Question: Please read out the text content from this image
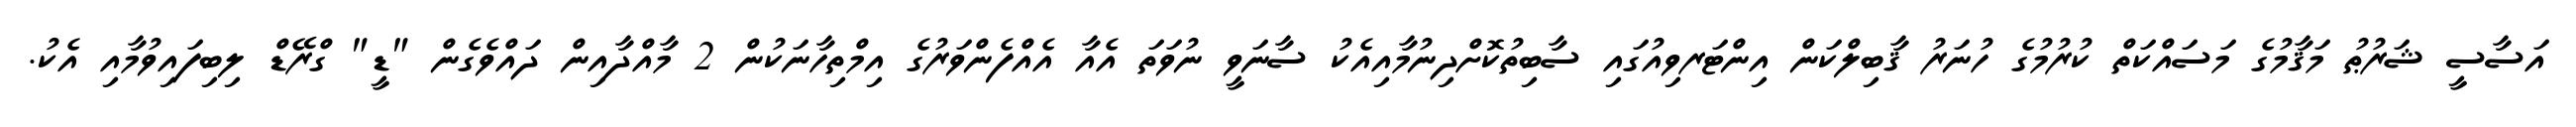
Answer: އަސާސީ ޝަރުޠު މަޤާމުގެ މަސައްކަތް ކުރުމުގެ ހުނަރު ޤާބިލްކަން އިންޓަރވިއުގައި ސާބިތުކޮށްދިނުމާއިއެކު ސާނަވީ ނުވަތަ އެއާ އެއްފެންވަރުގެ އިމްތިހާނަކުން 2 މާއްދާއިން ދައްވެގެން "ޑީ" ގްރޭޑް ލިބިފައިވުމާއި އެކު.